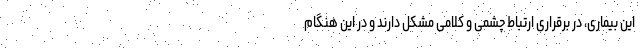
این بیماری، در برقراری ارتباط چشمی و کلامی مشکل دارند و در این هنگام